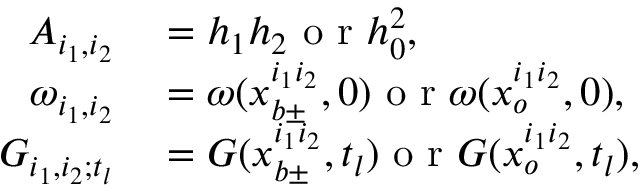
\begin{array} { r l } { A _ { i _ { 1 } , i _ { 2 } } } & { { } = h _ { 1 } h _ { 2 } \mathrm { ~ o ~ r ~ } h _ { 0 } ^ { 2 } , } \\ { \omega _ { i _ { 1 } , i _ { 2 } } } & { { } = \omega ( x _ { b \pm } ^ { i _ { 1 } i _ { 2 } } , 0 ) \mathrm { ~ o ~ r ~ } \omega ( x _ { o } ^ { i _ { 1 } i _ { 2 } } , 0 ) , } \\ { G _ { i _ { 1 } , i _ { 2 } ; t _ { l } } } & { { } = G ( x _ { b \pm } ^ { i _ { 1 } i _ { 2 } } , t _ { l } ) \mathrm { ~ o ~ r ~ } G ( x _ { o } ^ { i _ { 1 } i _ { 2 } } , t _ { l } ) , } \end{array}